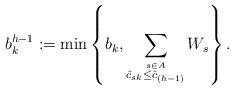
LaTeX: \begin{align*}\displaystyle {b_k^{h-1}}:= \min\left\{b_k, \sum_{ \stackrel{s \in A}{\hat c_{sk}\le \hat c_{(h-1)}}} W_s\right\} .\end{align*}